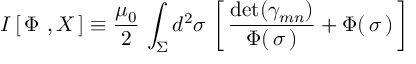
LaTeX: I \left[ \, \Phi \ , X \, \right] \equiv \frac { \mu _ { 0 } } { 2 } \, \int _ { \Sigma } d ^ { 2 } \sigma \, \left[ \, { \frac { \mathrm { d e t } ( \gamma _ { m n } ) } { \Phi ( \, \sigma \, ) } } + \Phi ( \, \sigma \, ) \, \right]